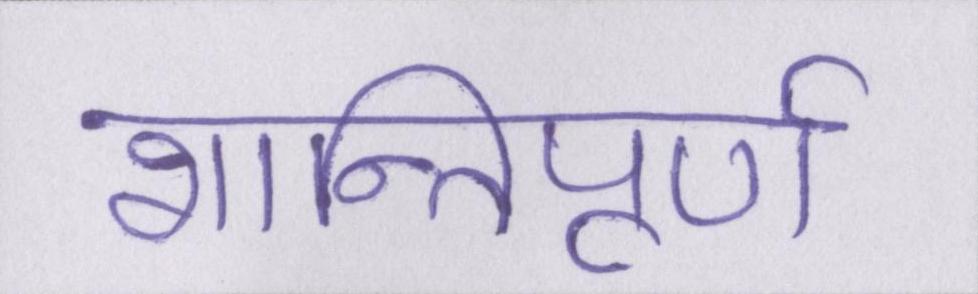
शान्तिपूर्ण